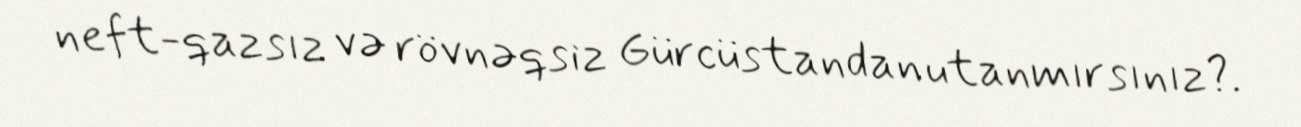
neft-qazsız və rövnəqsiz Gürcüstandan utanmırsınız?.